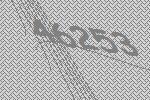
46253